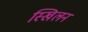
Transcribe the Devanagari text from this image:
स्खिलन